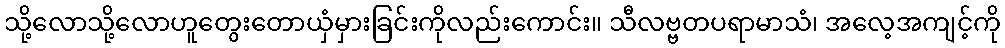
သို့လောသို့လောဟူတွေးတောယှံမှားခြင်းကိုလည်းကောင်း။ သီလဗ္ဗတပရာမာသံ၊ အလေ့အကျင့်ကို